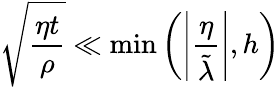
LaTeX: \sqrt{\frac{\eta t}{\rho}}\ll\operatorname*{min}\left(\left|\frac{\eta}{\tilde{\lambda}}\right|,h\right)